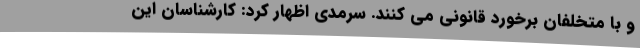
و با متخلفان برخورد قانونی می کنند. سرمدی اظهار کرد: کارشناسان این